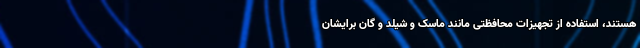
هستند، استفاده از تجهیزات محافظتی مانند ماسک و شیلد و گان برایشان